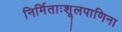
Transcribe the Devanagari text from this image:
निर्मिताःशूलपाणिना